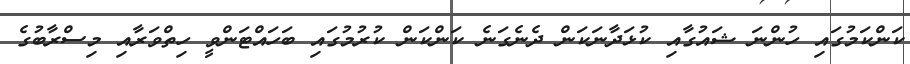
ކަންކަމުގައި ހުންނަ ޝައުގާއި ކުޅަދާނަކަން ދެނެގަނެ ކަންކަން ކުރުމުގައި ބަހައްޓަންވީ ހިތްވަރާއި މިސްރާބުގެ